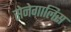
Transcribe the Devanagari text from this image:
सेनेगालिस